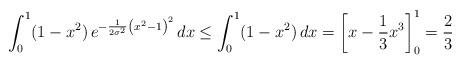
LaTeX: \begin{align*}\int_0^1 (1 - x^2) \, e^{-\frac{1}{2\sigma^2}\left(x^2-1\right)^2 } \, dx \leq \int_0^1 (1 - x^2) \, dx = \left[x - \frac{1}{3} x^3 \right]_0^1 = \frac{2}{3}\end{align*}